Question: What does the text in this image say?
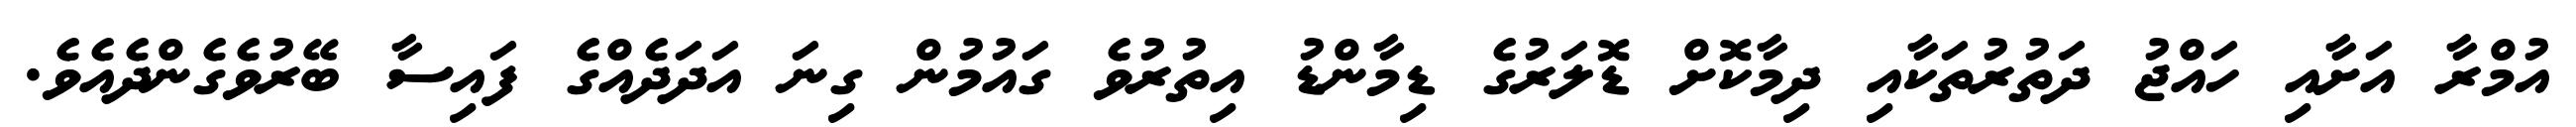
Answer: އުމްރާ އަށާއި ހައްޖު ދަތުރުތަކާއި ދިމާކޮށް ޑޮލަރުގެ ޑިމާންޑު އިތުރުވެ ގައުމުން ގިނަ އަދަދެއްގެ ފައިސާ ބޭރުވެގެންދެއެވެ.